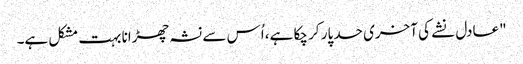
"عادل نشے کی آخری حد پار کر چکا ہے، اُس سے نشہ چھڑانا بہت مشکل ہے۔